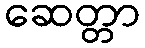
ဆေတ္တာ